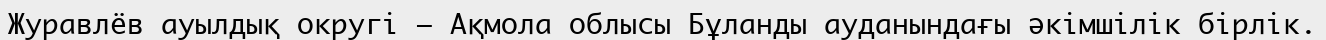
Журавлёв ауылдық округі — Ақмола облысы Бұланды ауданындағы әкімшілік бірлік.